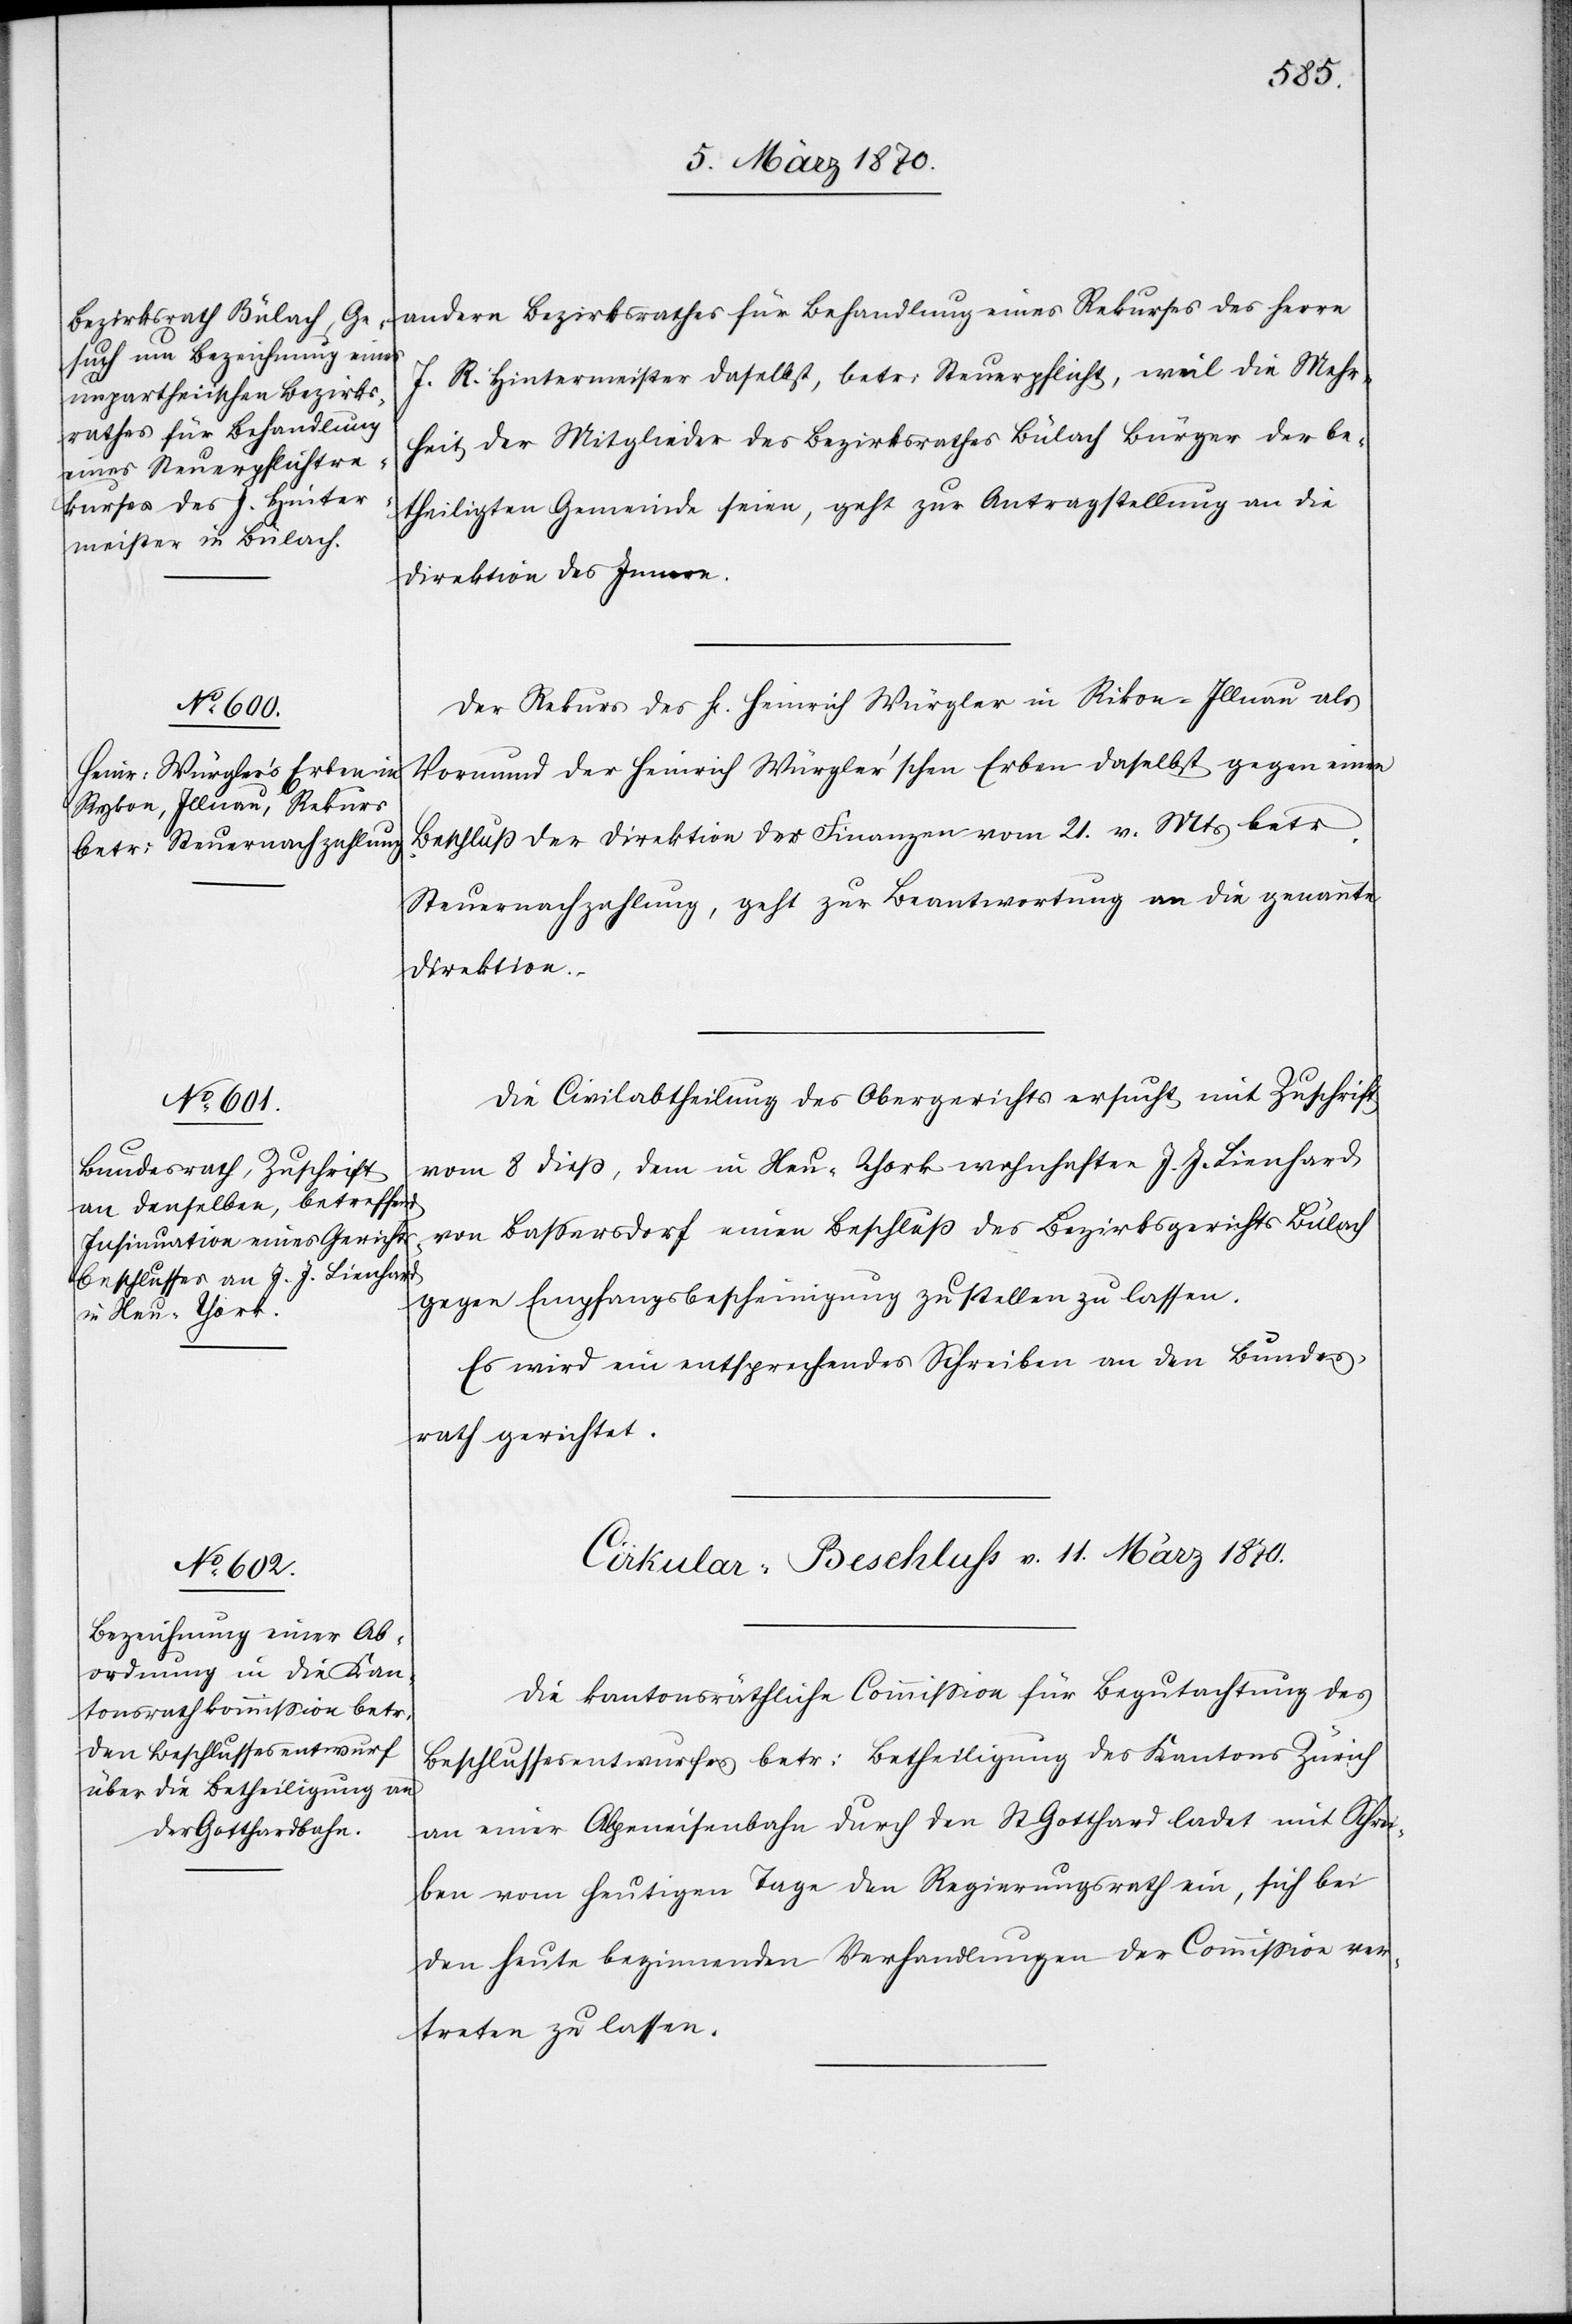
ic!]
10. März 1870.
andern Bezirksrathes für Behandlung eines Rekurses des Herrn
J. R. Hintermeister daselbst, betr: Steuerpflicht, weil die Mehr¬
heit der Mitglieder des Bezirksrathes Bülach Bürger der be¬
theiligten Gemeinde seien, geht zur Antragstellung an die
Direktion des Innern.
Der Rekurs des H. Heinrich Würgler in Rikon-Illnau [s¬
Vormund der Heinrich Würgler’schen Erben daselbst gegen einen
Beschluß der Direktion der Finanzen vom 21. v. Mts betr.
Steuernachzahlung, geht zur Beantwortung an die genannte
Direktion.
Die Civilabtheilung des Obergerichts ersucht mit Zuschrift
vom 8 dieß, dem in Neu-York wohnhaften J. J. Lienhard
von Bassersdorf einen Beschluß des Bezirksgerichts Bülach
gegen Empfangsbescheinigung zustellen zu lassen.
Es wird ein entsprechendes Schreiben an den Bundes¬
rath gerichtet.
Cirkular-Beschluss v. 11. März 1870.
Die kantonsräthliche Commission für Begutachtung des
Beschlussesentwurfes betr: Betheiligung des Kantons Zürich
an einer Alpeneisenbahn durch den St Gotthard ladet mit Schrei¬
ben vom heutigen Tage den Regierungsrath ein, sich bei
den heute beginnenden Verhandlungen der Commission ver¬
treten zu lassen.